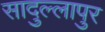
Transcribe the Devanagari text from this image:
सादुल्लापुर